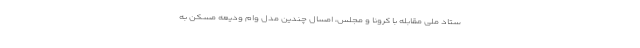
ستاد ملی مقابله با کرونا و مجلس، امسال چندین مدل وام ودیعه مسکن به